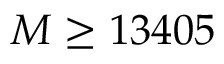
M \geq 1 3 4 0 5